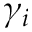
\gamma _ { i }